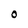
Character: o